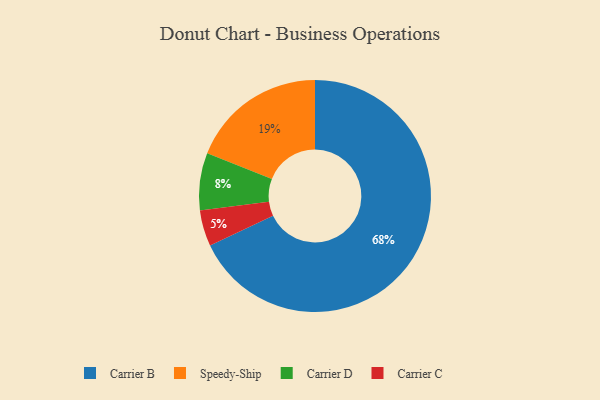
{"axis": {"x": "Category", "y": "Percentage"}, "legend": ["Carrier B", "Carrier C", "Carrier D", "Speedy-Ship"], "data": [{"x": "Carrier C", "y": 5, "type": "Carrier C"}, {"x": "Speedy-Ship", "y": 19, "type": "Speedy-Ship"}, {"x": "Carrier B", "y": 68, "type": "Carrier B"}, {"x": "Carrier D", "y": 8, "type": "Carrier D"}]}